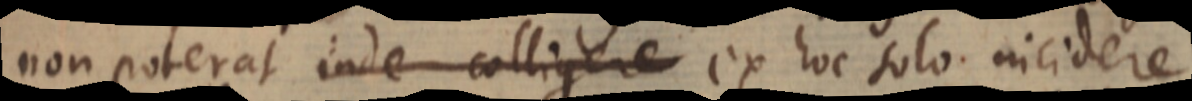
non poterat inde colligere ex hoc solo incidere